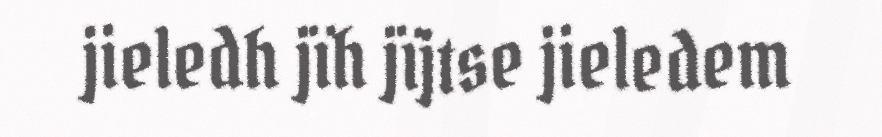
jieledh jïh jïjtse jieledem